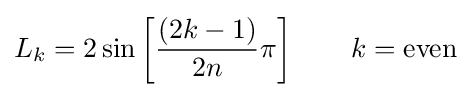
L_{k}=2\sin \left[{\frac {(2k-1)}{2n}}\pi \right]\qquad k={\text{even}}